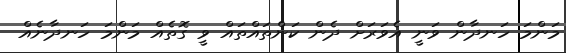
މަންމަ ހަނދާން ވަނީ އެވަރަށް ދެން ކަންތައްތައް ވީ ގޮތެއް މަންމަ ހަނދާނެއް